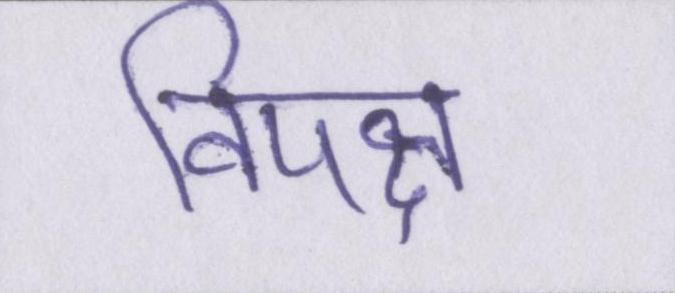
विपक्ष